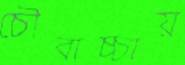
চৌবাচ্চায়